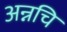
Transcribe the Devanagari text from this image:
अन्नचि